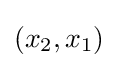
\left(x_{2},x_{1}\right)